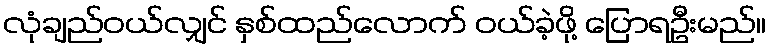
လုံချည်ဝယ်လျှင် နှစ်ထည်လောက် ဝယ်ခဲ့ဖို့ ပြောရဦးမည်။